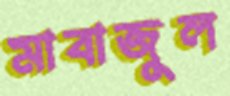
মাবাজুল